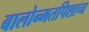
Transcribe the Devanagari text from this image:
बालोन्मतपिशाच्च